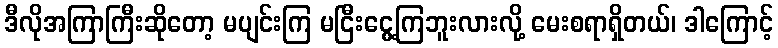
ဒီလိုအကြာကြီးဆိုတော့ မပျင်းကြ မငြီးငွေ့ကြဘူးလားလို့ မေးစရာရှိတယ်၊ ဒါကြောင့်